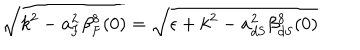
\sqrt { k ^ { 2 } - a _ { \mathrm { F } } ^ { 2 } \beta _ { \mathrm { F } } ^ { 8 } ( 0 ) } = \sqrt { \epsilon + k ^ { 2 } - a _ { \mathrm { d S } } ^ { 2 } \beta _ { \mathrm { d S } } ^ { 8 } ( 0 ) }